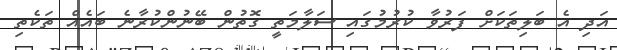
އަދި އެ ބަލިތަކަށް ފަރުވާ ކުރުމުގައި ސަލާމަތީ ގޮތުން ބޭނުންކުރާނެ ބައެއް ތަކެތި